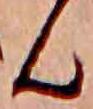
ん